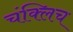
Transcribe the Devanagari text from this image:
चंक्लिच